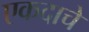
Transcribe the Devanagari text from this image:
एकदाचे